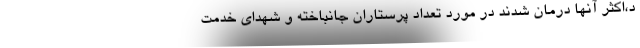
د،اکثر آنها درمان شدند در مورد تعداد پرستاران جانباخته و شهدای خدمت